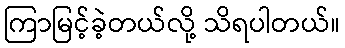
ကြာမြင့်ခဲ့တယ်လို့ သိရပါတယ်။